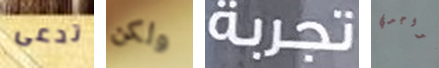
تدعى ولكن تجربة تواجدي